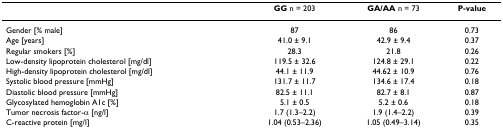
|  | GG n = 203 | GA/AA n = 73 | P-value |
 | --- | --- | --- | --- |
 | Gender [% male] | 87 | 86 | 0.73 |
 | Age [years] | 41.0 ± 9.1 | 42.9 ± 9.4 | 0.37 |
 | Regular smokers [%] | 28.3 | 21.8 | 0.26 |
 | Low-density lipoprotein cholesterol [mg/dl] | 119.5 ± 32.6 | 124.8 ± 29.1 | 0.22 |
 | High-density lipoprotein cholesterol [mg/dl] | 44.1 ± 11.9 | 44.62 ± 10.9 | 0.76 |
 | Systolic blood pressure [mmHg] | 131.7 ± 11.7 | 134.6 ± 17.4 | 0.18 |
 | Diastolic blood pressure [mmHg] | 82.5 ± 11.1 | 82.7 ± 8.1 | 0.87 |
 | Glycosylated hemoglobin A1c [%] | 5.1 ± 0.5 | 5.2 ± 0.6 | 0.18 |
 | Tumor necrosis factor-α [ng/l] | 1.7 (1.3–2.2) | 1.9 (1.4–2.2) | 0.39 |
 | C-reactive protein [mg/l] | 1.04 (0.53–2.36) | 1.05 (0.49–3.14) | 0.35 |